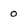
Character: o